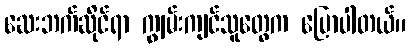
ဆေးဘက်ဆိုင်ရာ ကျွမ်းကျင်သူတွေက ပြောပါတယ်။